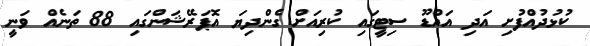
ކުޅުދުއްފުށި އަދި އައްޑޫ ސިޓީގައި ކުރިއަށް ގެންދިޔަ އޮޕަރޭޝަންގައި 88 ތަނެއް ވަނީ